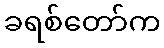
ခရစ်တော်က